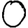
Digit: 0